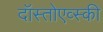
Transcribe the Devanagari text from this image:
दॉस्तोएव्स्की